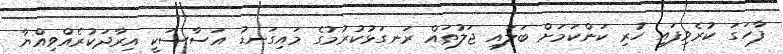
ފާހަގަ ކުރެވިފައި ހުރި ކަންކަމަށް ބަލައި ޖަލުތައް ރަނގަޅުކުރުމުގެ މައިގަނޑު އަސާސަކީ އިރާދަކުރެއްވިއްޔާ